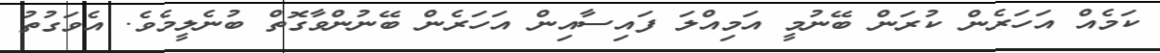
ކަމެއް އަހަރެން ކުރަން ބޭނުމީ އަމިއްލަ ފައިސާއިން އަހަރެން ބޭނުންވާގޮތް ބުނެލީމެވެ. އެވަގުތު